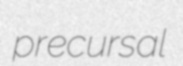
precursal